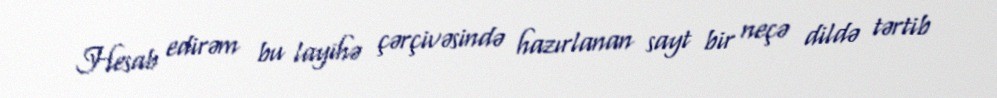
Hesab edirəm bu layihə çərçivəsində hazırlanan sayt bir neçə dildə tərtib